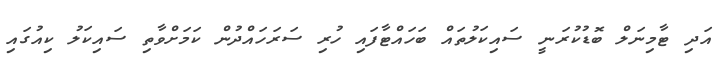
އަދި ޓާމިނަލް ބޮޑުކުރަނީ ސައިކަލުތައް ބަހައްޓާފައި ހުރި ސަރަހައްދުން ކަމަށްވާތި ސައިކަލު ކިއުގައި